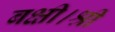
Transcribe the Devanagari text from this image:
बक्षी।श्री